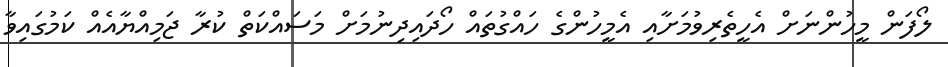
ލޯފަން މީހުންނަށް އެހީތެރިވުމަށާއި އެމީހުންގެ ހައްގުތައް ހޯދައިދިނުމަށް މަސައްކަތް ކުރާ ޖަމިއްޔާއެއް ކަމުގައިވާ